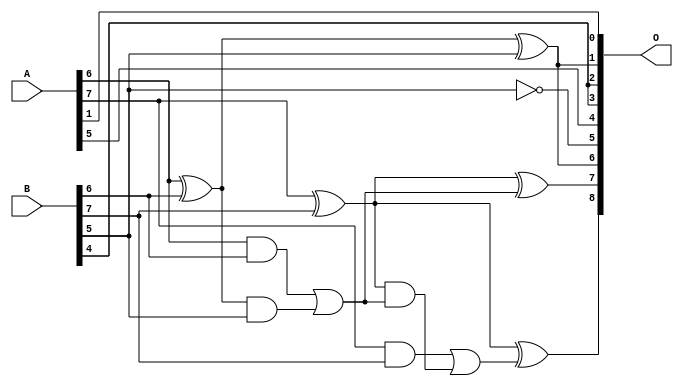
/***
* This code is a part of EvoApproxLib library (ehw.fit.vutbr.cz/approxlib) distributed under The MIT License.
* When used, please cite the following article(s): V. Mrazek, L. Sekanina, Z. Vasicek "Libraries of Approximate Circuits: Automated Design and Application in CNN Accelerators" IEEE Journal on Emerging and Selected Topics in Circuits and Systems, Vol 10, No 4, 2020 
* This file contains a circuit from a sub-set of pareto optimal circuits with respect to the pwr and mse parameters
***/
// MAE% = 4.22 %
// MAE = 11 
// WCE% = 13.28 %
// WCE = 34 
// WCRE% = 3100.00 %
// EP% = 97.07 %
// MRE% = 38.69 %
// MSE = 175 
// PDK45_PWR = 0.0094 mW
// PDK45_AREA = 23.5 um2
// PDK45_DELAY = 0.19 ns

module add8se_8TX (
    A,
    B,
    O
);

input [7:0] A;
input [7:0] B;
output [8:0] O;

wire sig_28,sig_29,sig_30,sig_31,sig_32,sig_40,sig_46,sig_57,sig_58,sig_63,sig_64,sig_65,sig_66;

assign sig_28 = A[6] & B[6];
assign sig_29 = A[6] ^ B[6];
assign sig_30 = A[7] & B[7];
assign sig_31 = A[7] ^ B[7];
assign sig_32 = A[7] ^ B[7];
assign sig_40 = sig_29 & B[5];
assign sig_46 = sig_28 | sig_40;
assign sig_57 = sig_31 & sig_46;
assign sig_58 = sig_30 | sig_57;
assign sig_63 = ~B[5];
assign sig_64 = sig_29 ^ B[5];
assign sig_65 = sig_31 ^ sig_46;
assign sig_66 = sig_32 ^ sig_58;

assign O[8] = sig_66;
assign O[7] = sig_65;
assign O[6] = sig_64;
assign O[5] = sig_63;
assign O[4] = A[5];
assign O[3] = B[4];
assign O[2] = B[4];
assign O[1] = sig_64;
assign O[0] = A[1];

endmodule